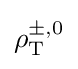
\mathrm {\rho } _{\text{T}}^{\pm ,0}